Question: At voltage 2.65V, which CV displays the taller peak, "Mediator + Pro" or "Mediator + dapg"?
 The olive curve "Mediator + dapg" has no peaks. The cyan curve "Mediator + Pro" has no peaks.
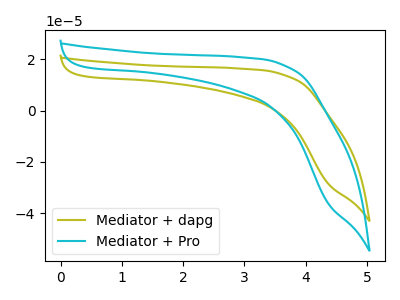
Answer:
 <answer>"Mediator + Pro" and "Mediator + dapg" dont share a peak at 2.65V.</answer>
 <eval>mismatch</eval>